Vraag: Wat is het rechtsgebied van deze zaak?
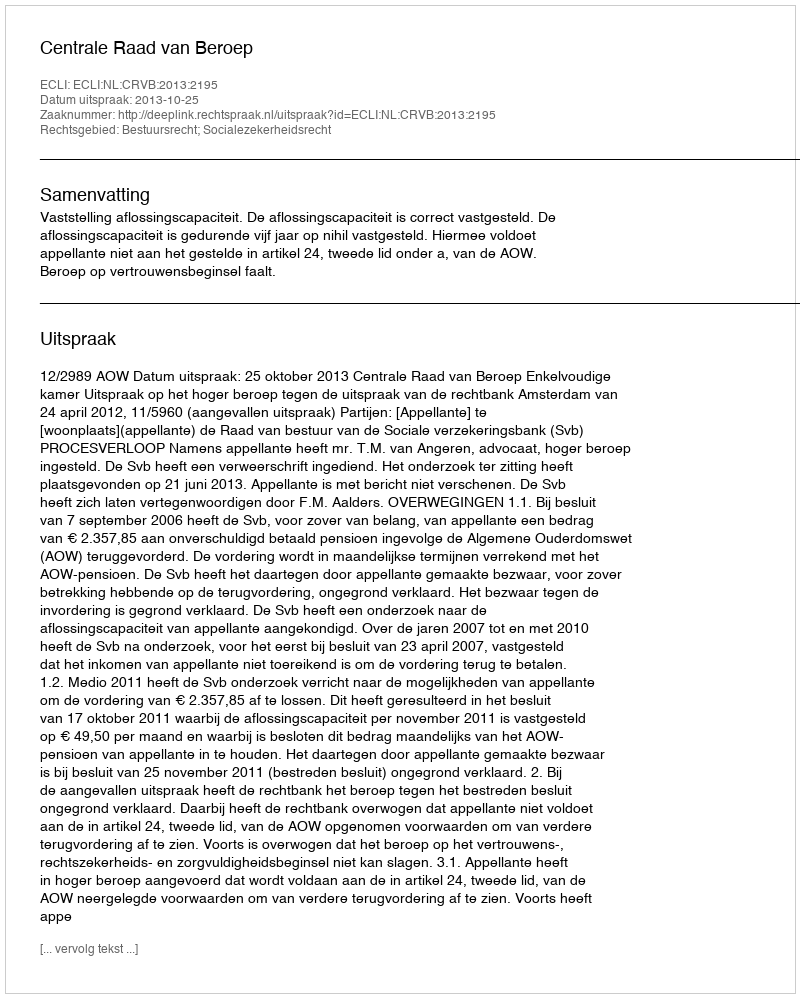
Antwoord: Bestuursrecht; Socialezekerheidsrecht